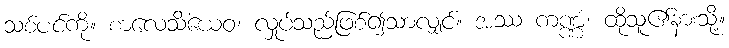
သစ်ပင်ကို။ စာလေသိံယေဝ၊ လှုပ်သည်ဖြစ်၍သာလျှင်။ အဿ ကဏ္ဏံ၊ ထိုသူ၏နားသို့။